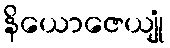
နိယောဇေယျုံ